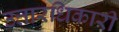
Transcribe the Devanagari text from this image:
उत्तारधिकारी